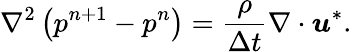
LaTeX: \nabla^{2}\left(p^{n+1}-p^{n}\right)=\frac{\rho}{\Delta t}\nabla\cdot\boldsymbol{u}^{*}.